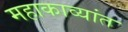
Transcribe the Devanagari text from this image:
महाकाव्यांत